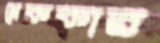
নেককার